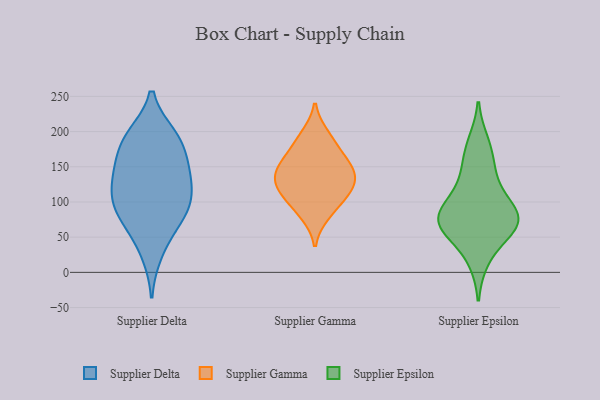
{"axis": {"x": "Website Visitors", "y": "Value"}, "legend": ["Supplier Delta", "Supplier Epsilon", "Supplier Gamma"], "data": [{"x": "", "y": 27, "type": "Supplier Delta"}, {"x": "", "y": 193, "type": "Supplier Delta"}, {"x": "", "y": 97, "type": "Supplier Delta"}, {"x": "", "y": 140, "type": "Supplier Delta"}, {"x": "", "y": 194, "type": "Supplier Delta"}, {"x": "", "y": 60, "type": "Supplier Delta"}, {"x": "", "y": 102, "type": "Supplier Delta"}, {"x": "", "y": 79, "type": "Supplier Delta"}, {"x": "", "y": 140, "type": "Supplier Delta"}, {"x": "", "y": 189, "type": "Supplier Delta"}, {"x": "", "y": 130, "type": "Supplier Delta"}, {"x": "", "y": 85, "type": "Supplier Delta"}, {"x": "", "y": 176, "type": "Supplier Delta"}, {"x": "", "y": 150, "type": "Supplier Delta"}, {"x": "", "y": 107, "type": "Supplier Delta"}, {"x": "", "y": 152, "type": "Supplier Gamma"}, {"x": "", "y": 140, "type": "Supplier Gamma"}, {"x": "", "y": 177, "type": "Supplier Gamma"}, {"x": "", "y": 156, "type": "Supplier Gamma"}, {"x": "", "y": 112, "type": "Supplier Gamma"}, {"x": "", "y": 103, "type": "Supplier Gamma"}, {"x": "", "y": 131, "type": "Supplier Gamma"}, {"x": "", "y": 124, "type": "Supplier Gamma"}, {"x": "", "y": 196, "type": "Supplier Gamma"}, {"x": "", "y": 81, "type": "Supplier Gamma"}, {"x": "", "y": 136, "type": "Supplier Epsilon"}, {"x": "", "y": 70, "type": "Supplier Epsilon"}, {"x": "", "y": 77, "type": "Supplier Epsilon"}, {"x": "", "y": 59, "type": "Supplier Epsilon"}, {"x": "", "y": 161, "type": "Supplier Epsilon"}, {"x": "", "y": 57, "type": "Supplier Epsilon"}, {"x": "", "y": 93, "type": "Supplier Epsilon"}, {"x": "", "y": 80, "type": "Supplier Epsilon"}, {"x": "", "y": 185, "type": "Supplier Epsilon"}, {"x": "", "y": 112, "type": "Supplier Epsilon"}, {"x": "", "y": 17, "type": "Supplier Epsilon"}, {"x": "", "y": 75, "type": "Supplier Epsilon"}]}